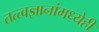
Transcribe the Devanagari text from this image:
तत्त्वज्ञानांमध्येही